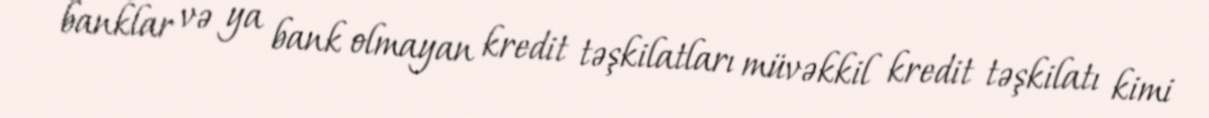
banklar və ya bank olmayan kredit təşkilatları müvəkkil kredit təşkilatı kimi